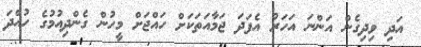
އަދި ވިދިގެން އަންނަ އަހަރު އެފަދަ ޖަމާއަތަކަށް ހައްޖަށް މީހުން ގެންދިއުމުގެ ހުއްދަ